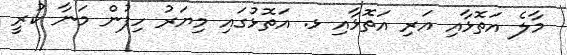
މާލެ އަތޮޅާއި އަރި އަތޮޅާއި ޅ. އަތޮޅުގައި މިޔަރު ހިފުން މަނާ ކުރީ